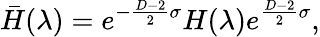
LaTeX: \bar{H}(\lambda)=e^{-{\frac{D-2}{2}}\sigma}H(\lambda)e^{{\frac{D-2}{2}}\sigma},